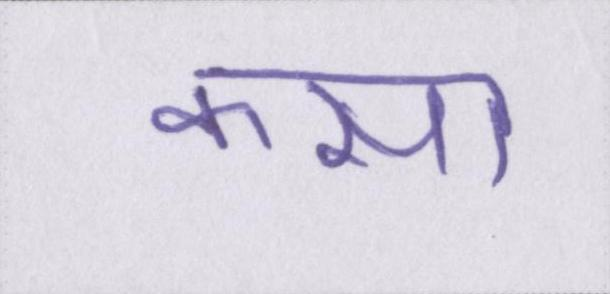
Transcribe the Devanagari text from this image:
कसा